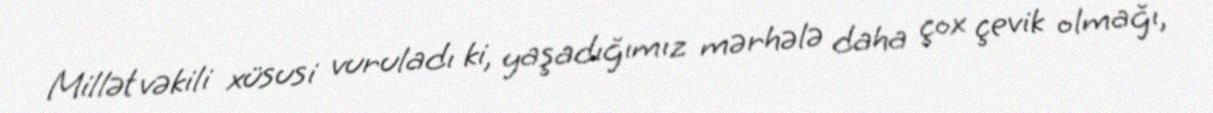
Millət vəkili xüsusi vuruladı ki, yaşadığımız mərhələ daha çox çevik olmağı,